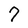
Character: 7